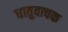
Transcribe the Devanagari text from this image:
धातुवाचक